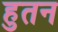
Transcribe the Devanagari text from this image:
हुतन